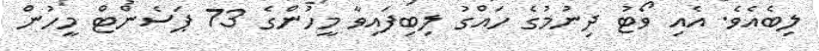
ލިބެއެވެ. އެއި ވޯޓު ދިނުމުގެ ހައްގު ލިބިފައިވާ މީހުންގެ 73 ޕަސެންޓް މީހުން